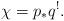
LaTeX: \begin{align*} \chi = p_*q^!.\end{align*}